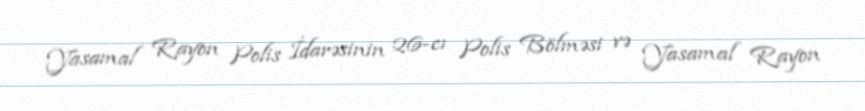
Yasamal Rayon Polis İdarəsinin 26-cı Polis Bölməsi və Yasamal Rayon